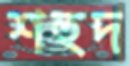
শহুদ